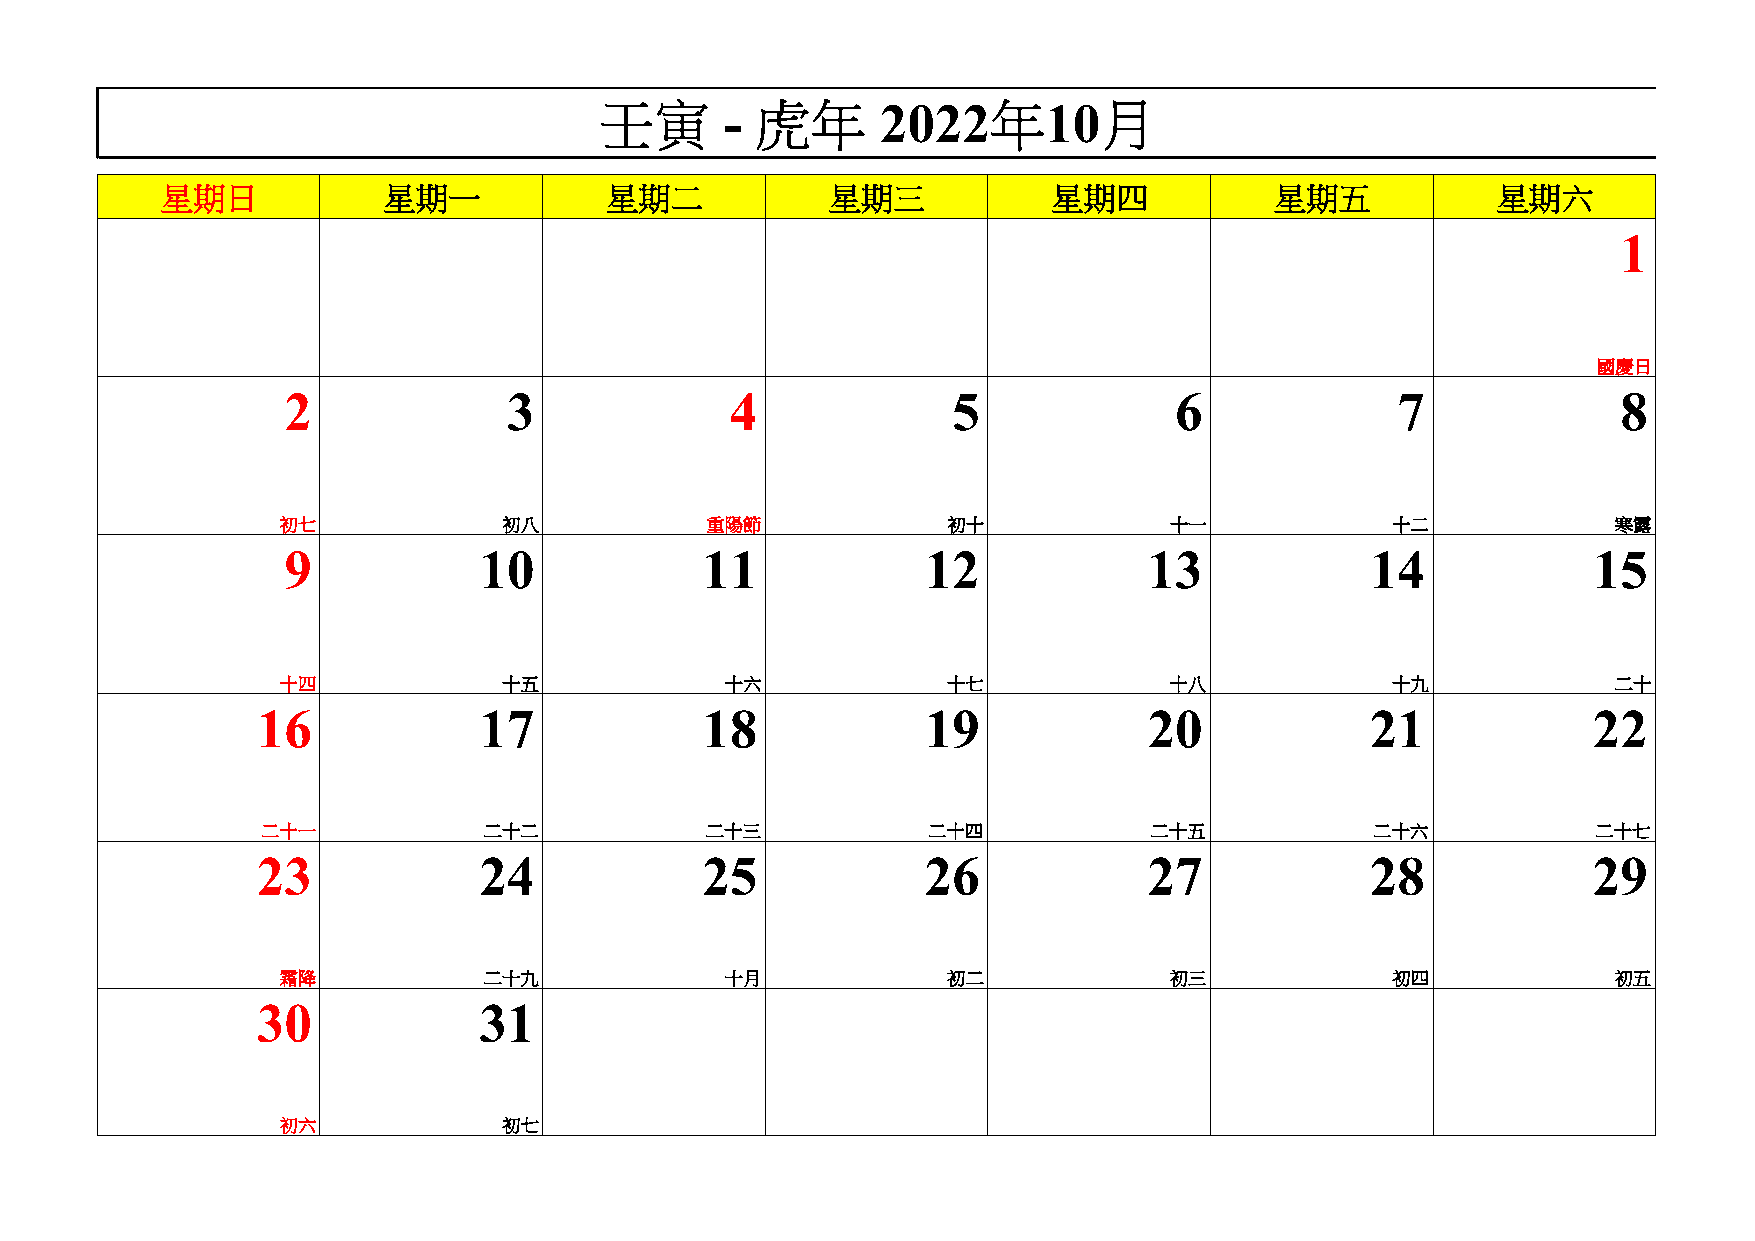
壬寅      - 虎年      2022年10月
 星期日           星期一            星期二            星期三            星期四           星期五            星期六
 1
 國慶日
 2              3             4              5              6             7              8
 初七            初八            重陽節             初十            十一             十二             寒露
 9            10            11             12             13             14            15
 十四            十五             十六             十七            十八             十九             二十
 16             17            18             19             20             21            22
 二十一            二十二            二十三           二十四            二十五            二十六            二十七
 23             24            25             26             27             28            29
 霜降           二十九             十月             初二            初三             初四             初五
 30             31
 初六            初七